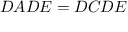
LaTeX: { \cal D } A { \cal D } E = { \cal D } C { \cal D } { \cal E }